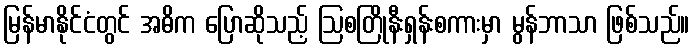
မြန်မာနိုင်ငံတွင် အဓိက ပြောဆိုသည့် ဩစတြိုနီးရှန်းစကားမှာ မွန်ဘာသာ ဖြစ်သည်။